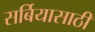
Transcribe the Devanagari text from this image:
सर्बियासाठी